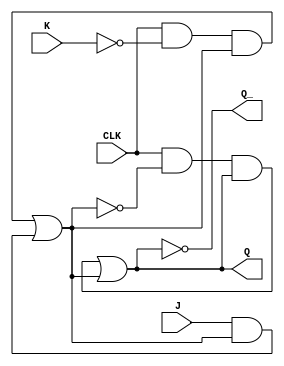
module JK_FF(
    input wire J, K, CLK,
    output reg Q, Q_
);

reg master_D, master_Q, slave_D, slave_Q;

// Master stage
assign master_D = J & master_Q;
assign master_Q = (CLK & ~K & master_Q) | master_D;

// Slave stage
assign slave_D = master_Q;
assign slave_Q = (CLK & ~master_Q & slave_Q) | slave_D;

// Output
assign Q = slave_Q;
assign Q_ = ~slave_Q;

endmodule